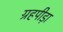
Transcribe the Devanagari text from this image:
ग्रहपीड़ा